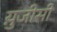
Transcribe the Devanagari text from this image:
यु़जीसी